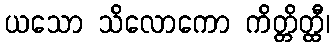
ယသော သိလောကော ကိတ္တိတ္ထီ၊